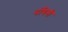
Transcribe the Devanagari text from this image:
नंधिनी